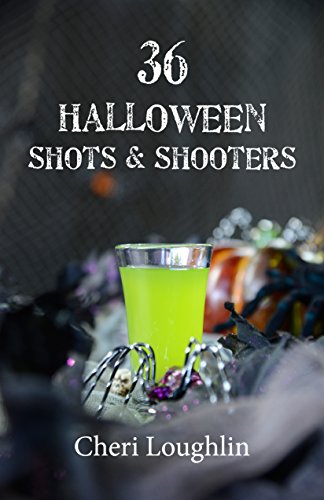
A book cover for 36 Halloween Shots & Shooters; Cheri Loughlin; Cookbooks, Food & Wine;